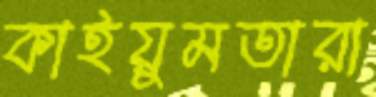
কাইয়ুমতারা